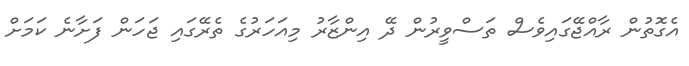
އެގޮތުން ރާއްޖޭގައިވެސް ތަސްވީރުން ދޭ އިންޒާރު މިއަހަރުގެ ތެރޭގައި ޖަހަން ފަށާނެ ކަމަށް